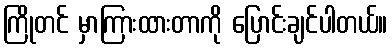
ကြိုတင် မှာကြားထားတာကို ပြောင်းချင်ပါတယ်။